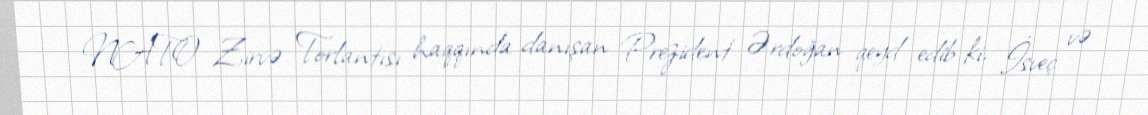
NATO Zirvə Torlantısı haqqında danışan Prezident Ərdoğan qeyd edib ki, İsveç və